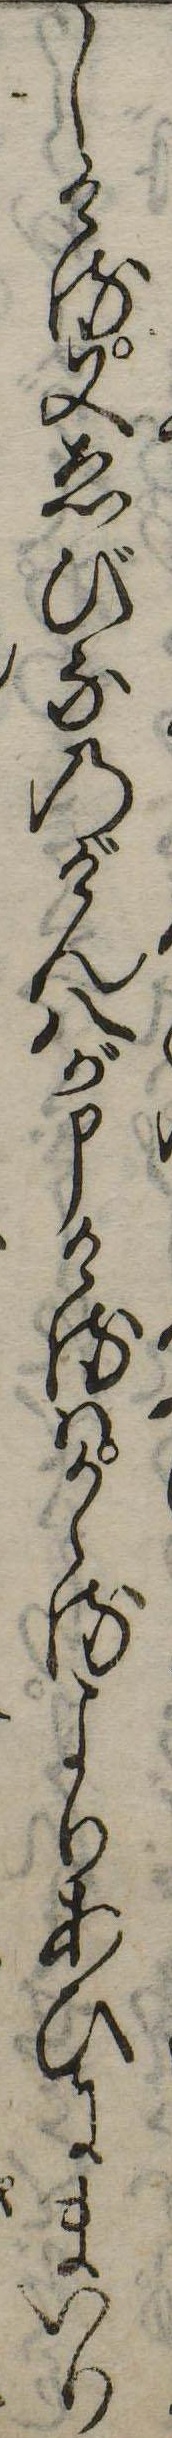
しける又ゑびなのげん八が申けるはかゝるよりあひにまいり